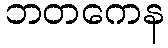
ဘတကေန